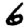
Digit: 6